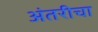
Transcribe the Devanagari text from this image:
अंतरीचा